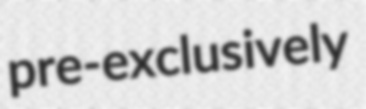
pre-exclusively